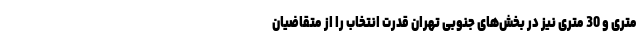
متری و 30 متری نیز در بخش‌های جنوبی تهران قدرت انتخاب را از متقاضیان